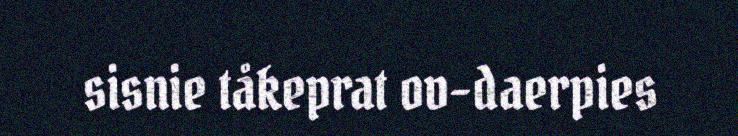
sisnie tåkeprat ov-daerpies